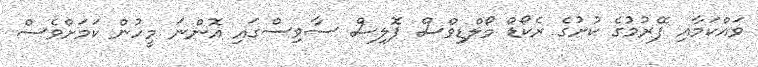
ވައްކަމާއި ފޭރުމުގެ ކުށުގެ ރެކޯޑް މޯލްޑިވްސް ޕޮލިސް ސާވިސްގައި އޮންނަ މީހުން ކަމަށްވެސް